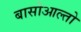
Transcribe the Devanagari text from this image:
बासोआल्तो